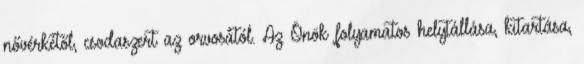
nővérkétől, csodaszert az orvosától. Az Önök folyamatos helytállása, kitartása,